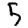
Digit: 5